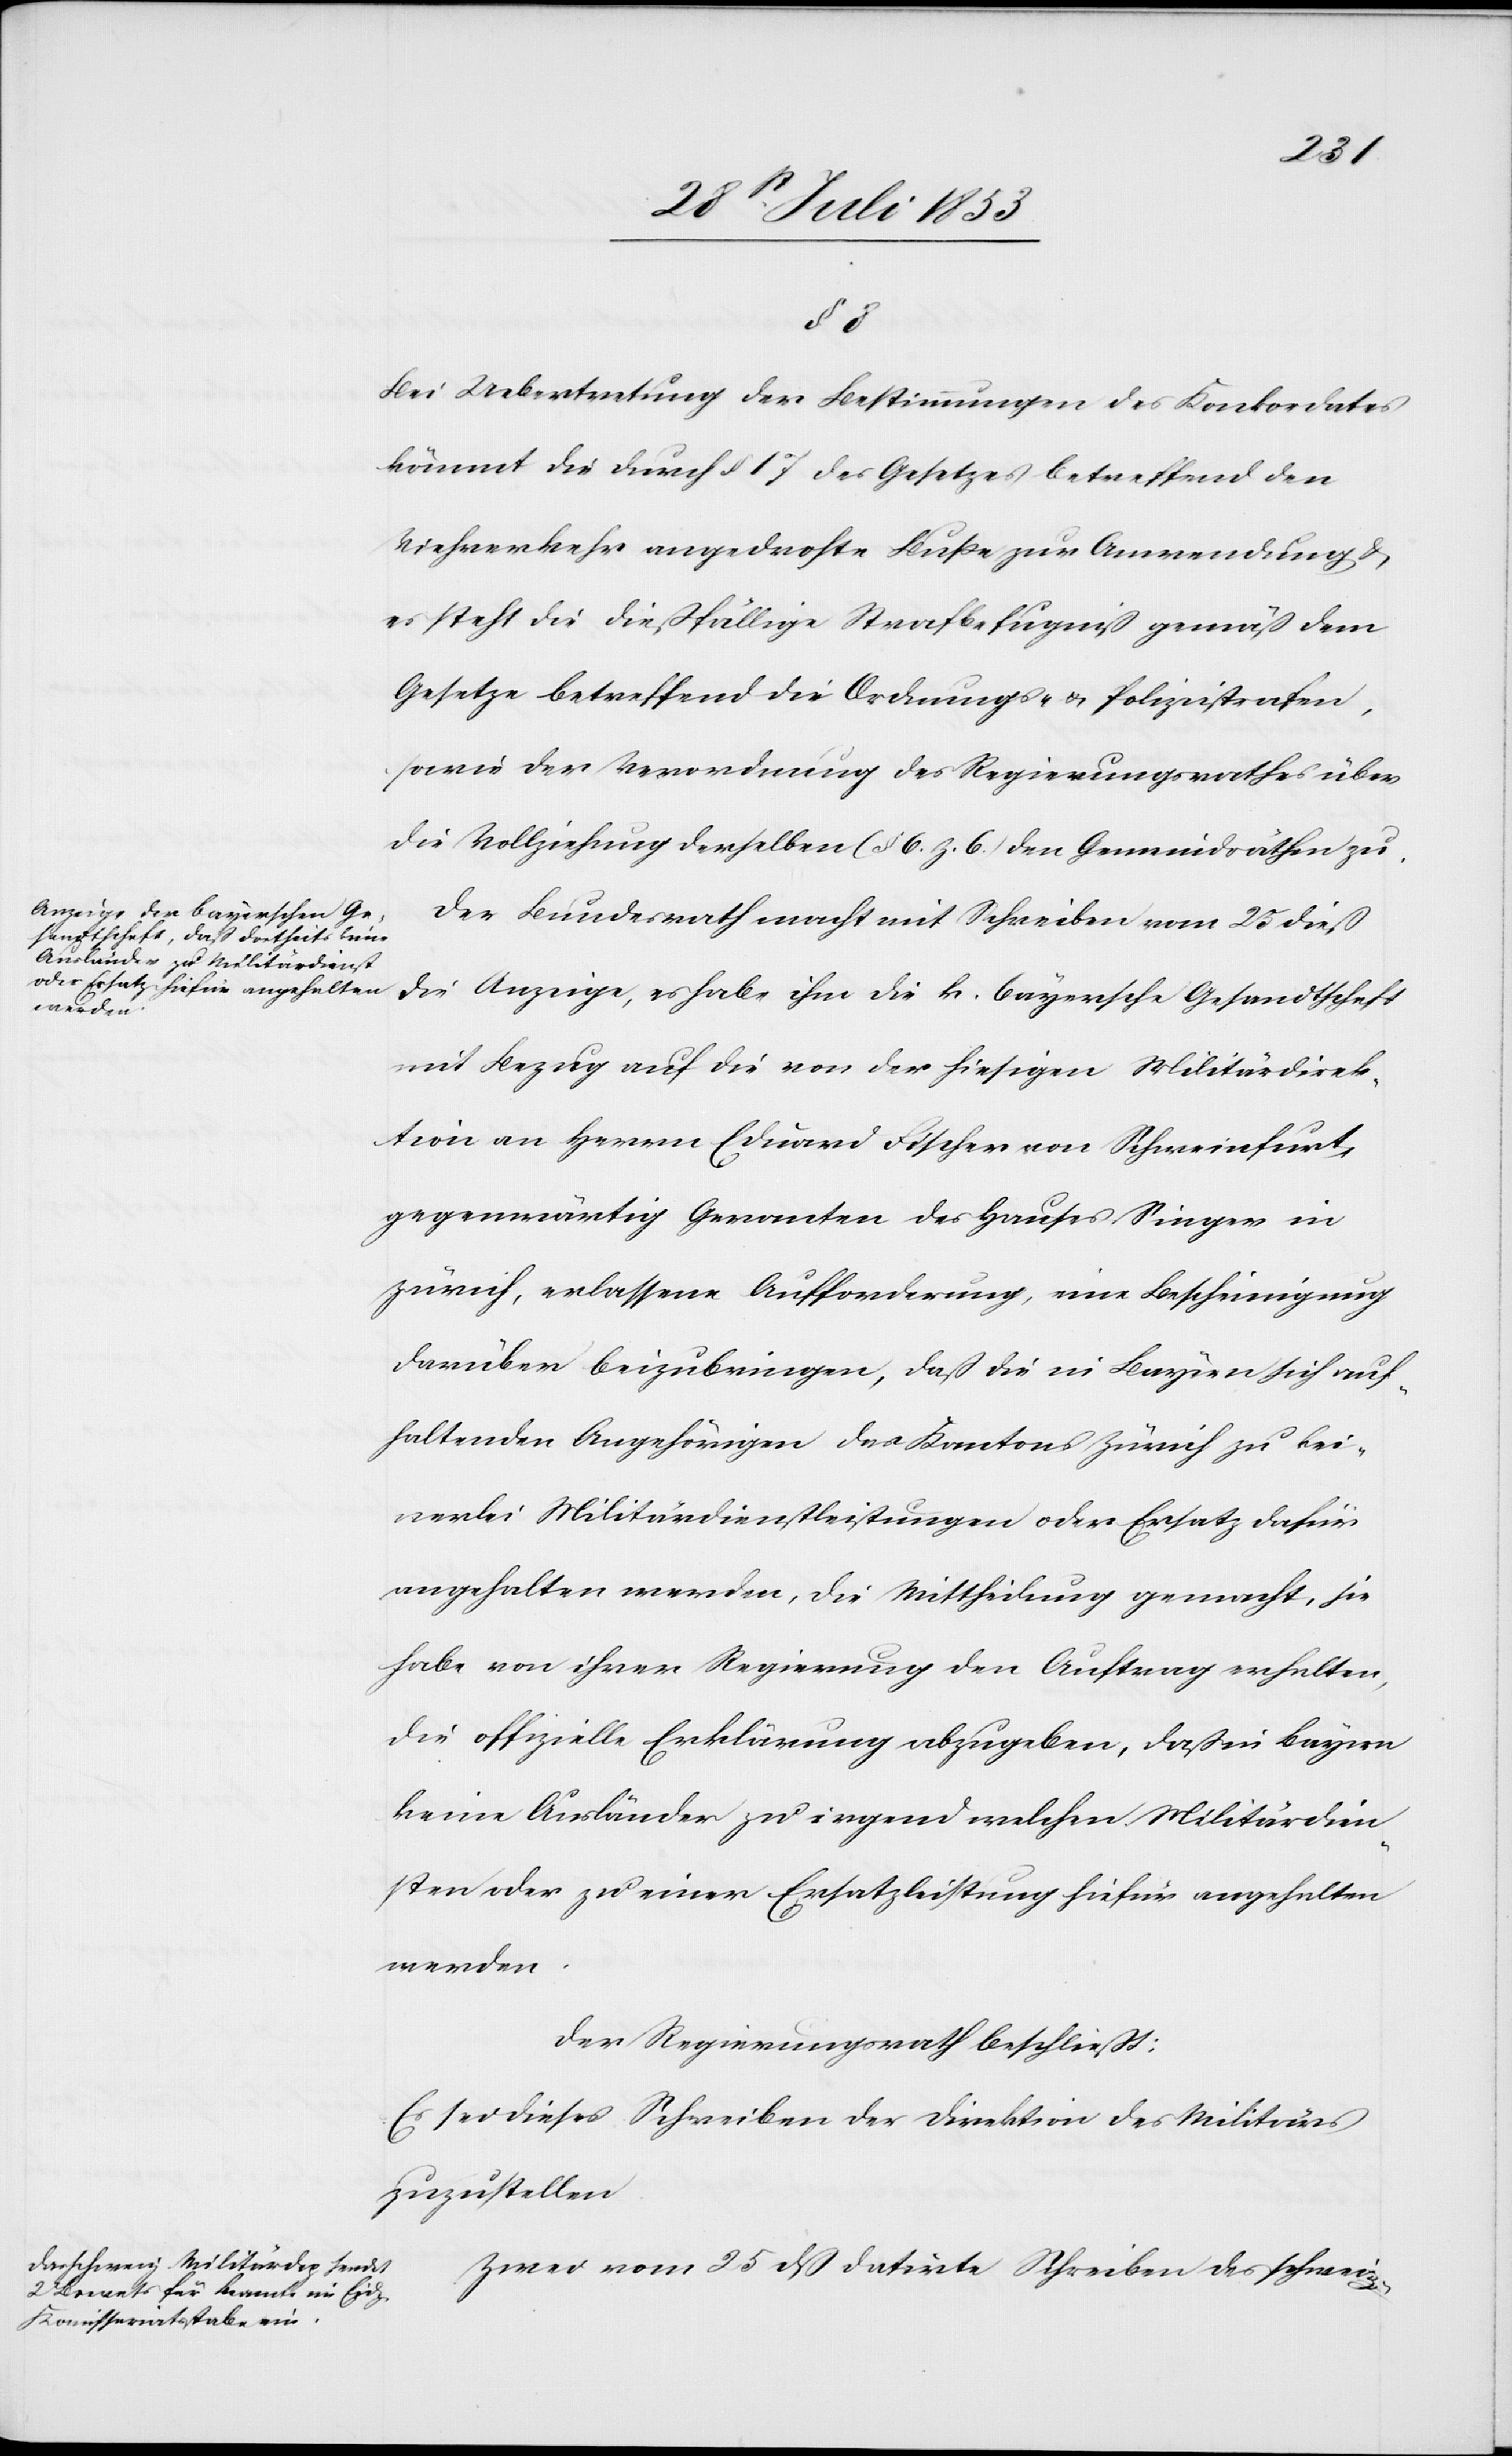
chen]
Bei Uebertretung der Bestimmungen des Konkordates
kömmt die durch § 17 des Gesetzes betreffend den
Viehverkehr angedrohte Buße zur Anwendung u.
es steht die dießfällige Strafbefugniß gemäß dem
Gesetze betreffend die Ordnungs- u. Polizeistrafen,
sowie der Verordnung des Regierungsrathes über
die Vollziehung derselben (§ 6 Z. 6) den Gemeindräthen zu.
Der Bunderath macht mit Schreiben vom 25 dieß
die Anzeige, es habe ihm die k. bayersche Gesandtschaft
mit Bezug auf die von der hiesigen Militärdirek¬
tion an Herrn Eduard Fischer von Schweinefurt,
gegenwärtig Geranten [sic!] des Hauses Singer in
Zürich, erlassene Aufforderung, eine Bescheinigung
darüber beizubringen, daß die in Bayern sich auf¬
haltenden Angehörigen des Kantons Zürich zu kei¬
nerlei Militärdienstleistungen oder Ersatz dafür
angehalten werden, die Mittheilung gemacht, sie
habe von ihrer Regierung den Auftrag erhalten,
die offizielle Erklärung abzugeben, daß in Bayern
keine Ausländer zu irgend welchen Militärdien¬
sten oder zu einer Ersatzleistung hiefür angehalten
werden.
Der Regierungsrath beschließt:
Es sei dieses Schreiben der Direktion des Militärs
zuzustellen.
Zwei vom 25 dß datirte Schreiben des schwei¬